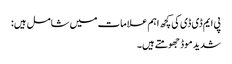
پی ایم ڈی ڈی کی کچھ اہم علامات میں شامل ہیں:
شدید موڈ جھومتے ہیں۔